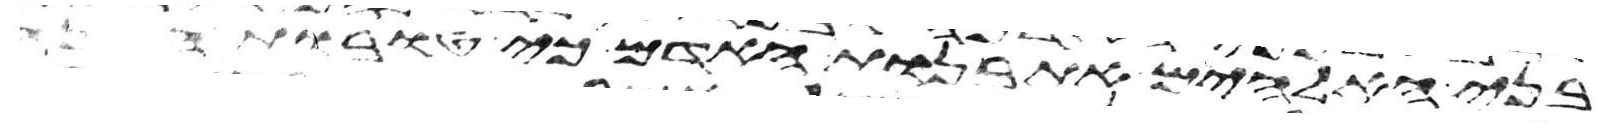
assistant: בני האלהים את בנות האדם כי טובות